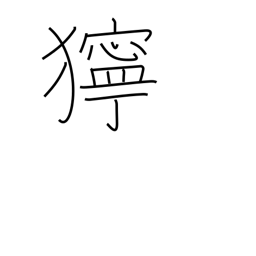
Meaning: bad